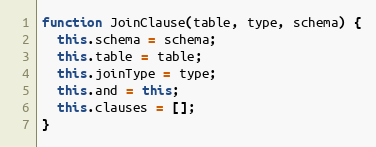
Language: JavaScript
function JoinClause(table, type, schema) {
  this.schema = schema;
  this.table = table;
  this.joinType = type;
  this.and = this;
  this.clauses = [];
}